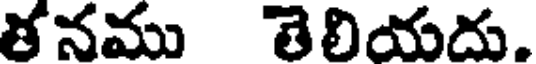
తనము తెలియదు.